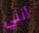
أنني